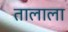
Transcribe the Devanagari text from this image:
तालाला